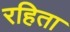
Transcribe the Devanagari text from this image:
रहिता